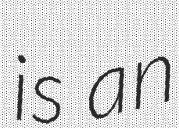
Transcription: is an